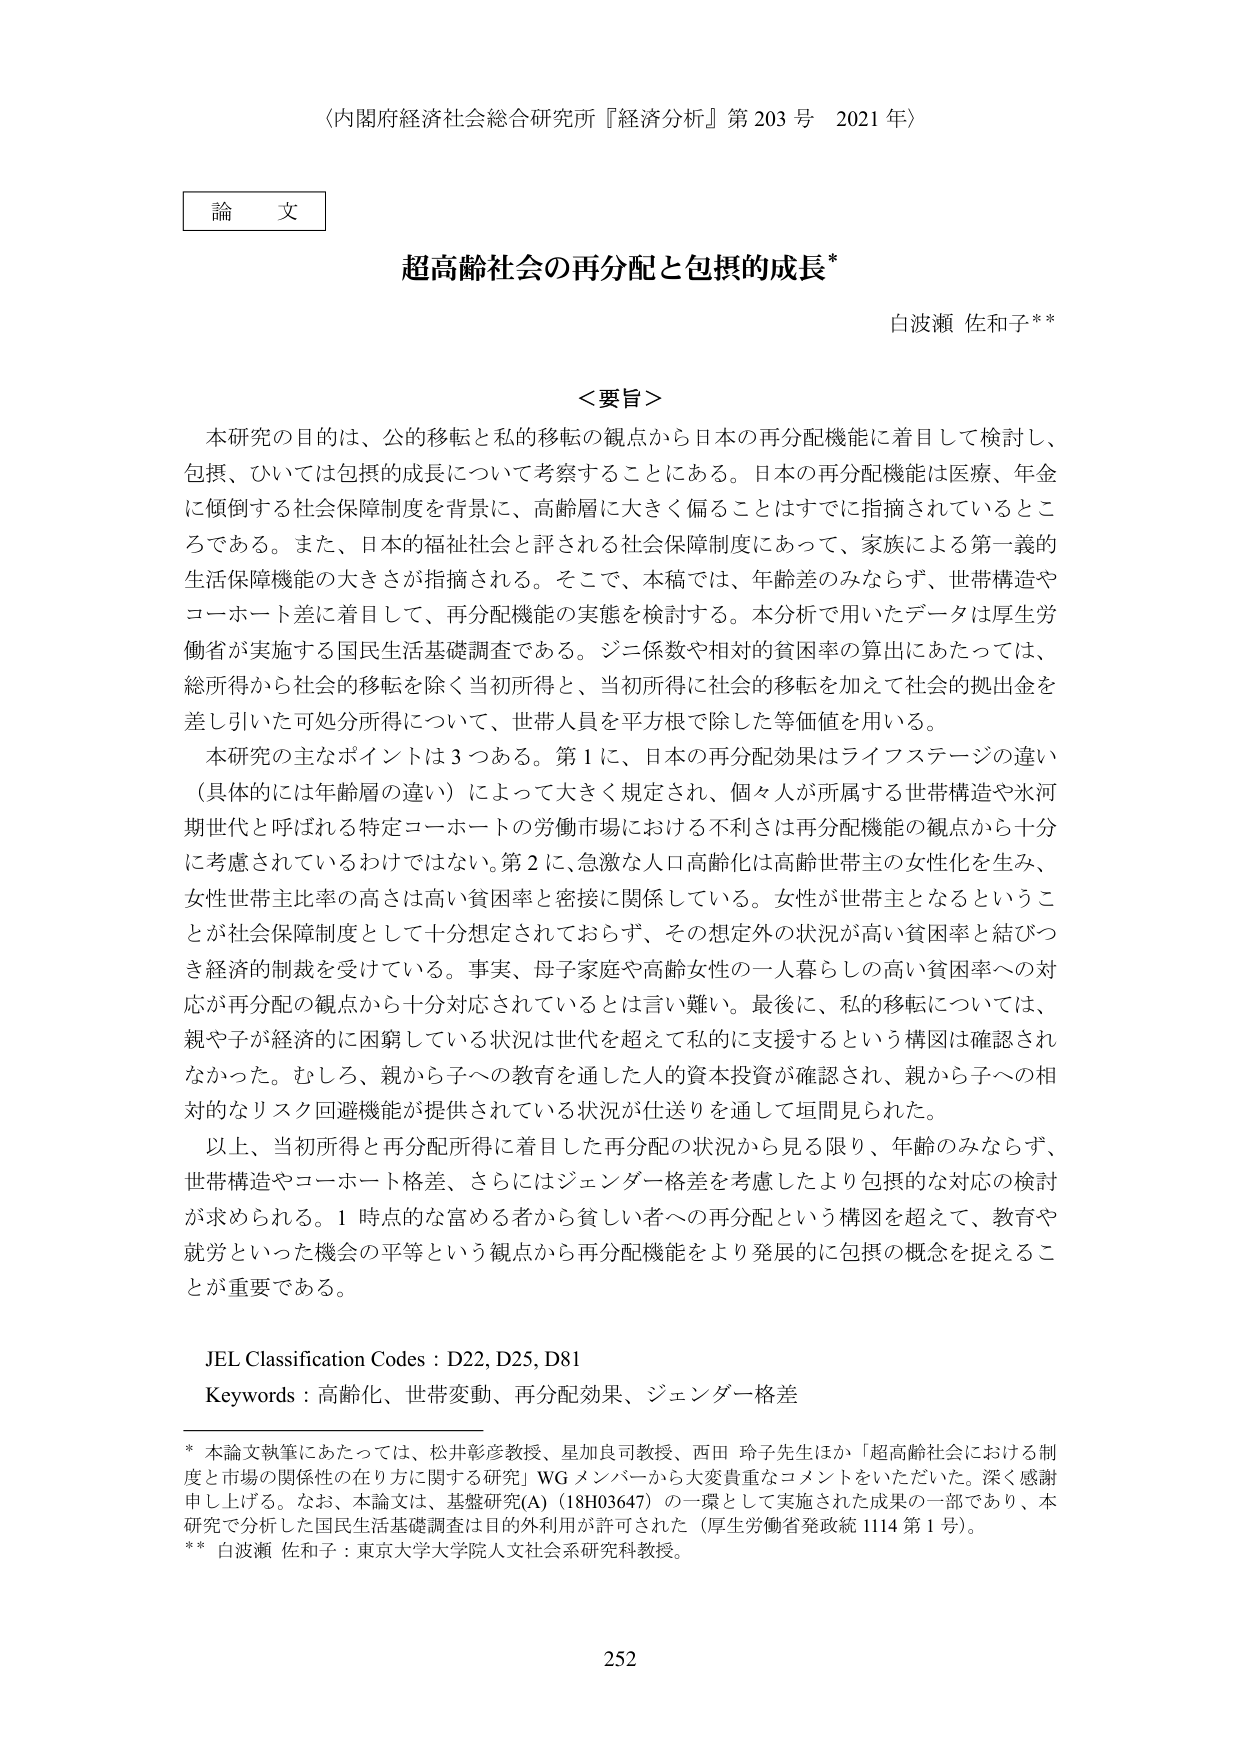
〈内閣府経済社会総合研究所『経済分析』第203号 2021年〉

論文

超高齢社会の再分配と包摂的成長*

白波瀬 佐和子**

＜要旨＞

本研究の目的は、公的移転と私的移転の観点から日本の再分配機能に着目して検討し、包摂、ひいては包摂的成長について考察することにある。日本の再分配機能は医療、年金に傾倒する社会保障制度を背景に、高齢層に大きく偏ることはすでに指摘されているところである。また、日本的福祉社会と評される社会保障制度にあって、家族による第一義的生活保障機能の大きさが指摘される。そこで、本稿では、年齢差のみならず、世帯構造やコーホート差に着目して、再分配機能の実態を検討する。本分析で用いたデータは厚生労働省が実施する国民生活基礎調査である。ジニ係数や相対的貧困率の算出にあたっては、総所得から社会的移転を除く当初所得と、当初所得に社会的移転を加えて社会的拠出金を差し引いた可処分所得について、世帯人員を平方根で除した等価値を用いる。

本研究の主なポイントは3つある。第1に、日本の再分配効果はライフステージの違い（具体的には年齢層の違い）によって大きく規定され、個々人が所属する世帯構造や氷河期世代と呼ばれる特定コーホートの労働市場における不利さは再分配機能の観点から十分に考慮されているわけではない。第2に、急激な人口高齢化は高齢世帯主の女性化を生み、女性世帯主比率の高さは高い貧困率と密接に関係している。女性が世帯主となるということが社会保障制度として十分想定されておらず、その想定外の状況が高い貧困率と結びつき経済的制裁を受けている。事実、母子家庭や高齢女性の一人暮らしの高い貧困率への対応が再分配の観点から十分対応されているとは言い難い。最後に、私的移転については、親や子が経済的に困窮している状況は世代を超えて私的に支援するという構図は確認されなかった。むしろ、親から子への教育を通した人的資本投資が確認され、親から子への相対的なリスク回避機能が提供されている状況が仕送りを通して垣間見られた。

以上、当初所得と再分配所得に着目した再分配の状況から見る限り、年齢のみならず、世帯構造やコーホート格差、さらにはジェンダー格差を考慮したより包摂的な対応の検討が求められる。1時点的な富める者から貧しい者への再分配という構図を超えて、教育や就労といった機会の平等という観点から再分配機能をより発展的に包摂的概念を捉えることが重要である。

JEL Classification Codes : D22, D25, D81
Keywords : 高齢化、世帯変動、再分配効果、ジェンダー格差

* 本論文執筆にあたっては、松井彰彦教授、星加良司教授、西田 玲子先生ほか「超高齢社会における制度と市場の関係性の在り方に関する研究」WGメンバーから大変貴重なコメントをいただいた。深く感謝申し上げる。なお、本論文は、基盤研究(A)（18H03647）の一環として実施された成果の一部であり、本研究で分析した国民生活基礎調査は目的利用が許可された（厚生労働省発政統1114第1号）。
** 白波瀬 佐和子：東京大学大学院人文社会系研究科教授。

252